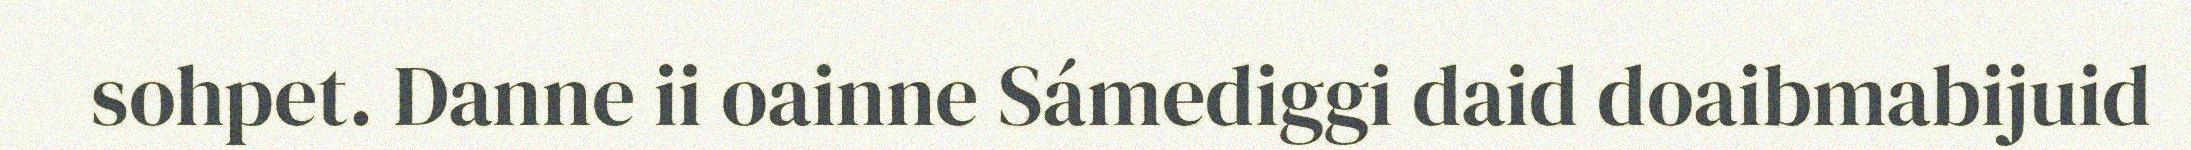
sohpet. Danne ii oainne Sámediggi daid doaibmabijuid